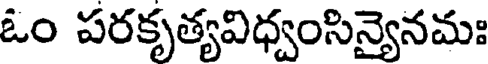
ఓం పరకృత్యవిధ్వంసిన్యైనమః